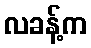
လခန့်က